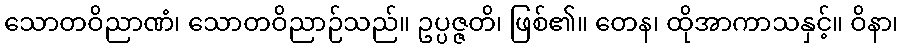
သောတဝိညာဏံ၊ သောတဝိညာဉ်သည်။ ဥပ္ပဇ္ဇတိ၊ ဖြစ်၏။ တေန၊ ထိုအာကာသနှင့်။ ဝိနာ၊